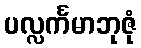
ပလ္လင်္ကမာဘုဇုံ